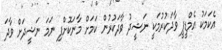
އެކަމަކު އެމްޑީޕީ ވާދަކުރުމަކީ ނަޝީދު ވާދަކުރުން ކަމަށް މާނަކޮށްފި ނަމަ ނަޝީދަށް ވާދަ